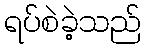
ရပ်စဲခဲ့သည်